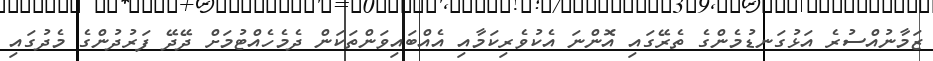
ޒަމާނުއްސުރެ އަޅުގަނޑުމެންގެ ތެރޭގައި އޮންނަ އެކުވެރިކަމާއި އެއްބައިވަންތަކަން ދެމެހެއްޓުމަށް ދޭދޭ ފަރުދުންގެ މެދުގައި